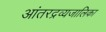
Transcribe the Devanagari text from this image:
आंतरद्रव्यजालिका